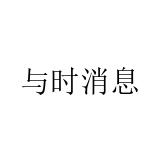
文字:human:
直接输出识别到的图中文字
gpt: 与时消息